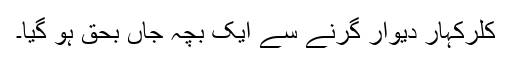
کلرکہار دیوار گرنے سے ایک بچہ جاں بحق ہو گیا۔